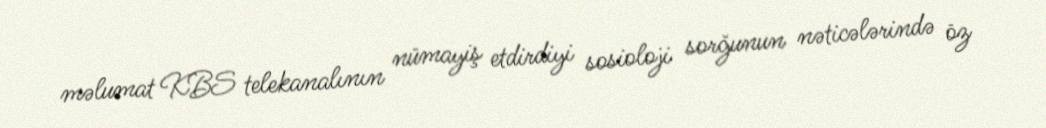
məlumat KBS telekanalının nümayiş etdirdiyi sosioloji sorğunun nəticələrində öz